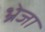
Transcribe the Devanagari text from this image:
भ्रेजा